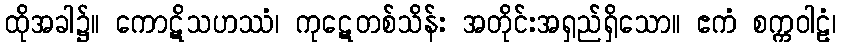
ထိုအခါ၌။ ကောဋိသဟဿံ၊ ကုဋေတစ်သိန်း အတိုင်းအရှည်ရှိသော။ ဧကံ စက္ကဝါဠံ၊